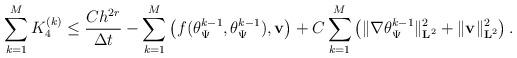
LaTeX: \begin{align*}\begin{array}{@{}l@{}}{\displaystyle\sum_{k=1}^{M} K_4^{(k)}\leq \frac{C h^{2r}}{\Delta t} -\sum_{k=1}^{M}\left(f(\theta_{\Psi}^{k-1},\theta_{\Psi}^{k-1}),\mathbf{v}\right)+C\sum_{k=1}^{M}\left(\|\nabla\theta_{\Psi}^{k-1}\|_{\mathbf{L}^2}^{2}+\|\mathbf{v}\|_{\mathbf{L}^2}^{2}\right).}\end{array}\end{align*}